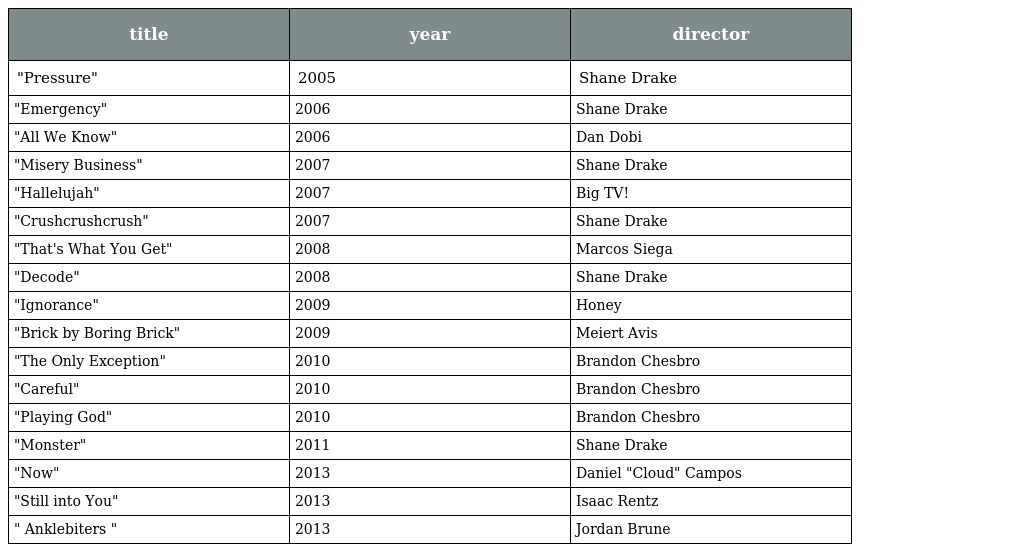
| title | year | director |
 | --- | --- | --- |
 | "Pressure" | 2005 | Shane Drake |
 | "Emergency" | 2006 | Shane Drake |
 | "All We Know" | 2006 | Dan Dobi |
 | "Misery Business" | 2007 | Shane Drake |
 | "Hallelujah" | 2007 | Big TV! |
 | "Crushcrushcrush" | 2007 | Shane Drake |
 | "That's What You Get" | 2008 | Marcos Siega |
 | "Decode" | 2008 | Shane Drake |
 | "Ignorance" | 2009 | Honey |
 | "Brick by Boring Brick" | 2009 | Meiert Avis |
 | "The Only Exception" | 2010 | Brandon Chesbro |
 | "Careful" | 2010 | Brandon Chesbro |
 | "Playing God" | 2010 | Brandon Chesbro |
 | "Monster" | 2011 | Shane Drake |
 | "Now" | 2013 | Daniel "Cloud" Campos |
 | "Still into You" | 2013 | Isaac Rentz |
 | " Anklebiters " | 2013 | Jordan Brune |